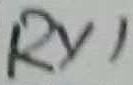
Text: RY1